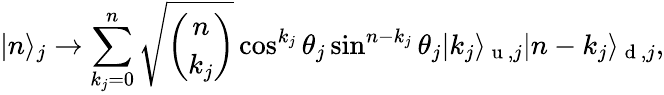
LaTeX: \vert n\rangle_{j}\rightarrow\sum_{k_{j}=0}^{n}\sqrt{\binom{n}{k_{j}}}\cos^{k_{j}}{\theta_{j}}\sin^{n-k_{j}}{\theta_{j}}\vert k_{j}\rangle_{\mathrm{~u~},j}\vert n-k_{j}\rangle_{\mathrm{~d~},j},